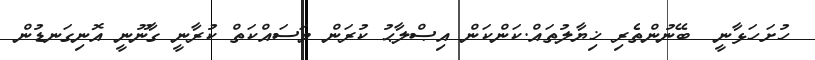
ހުށަހަޅާނީ  ބޭނުންތެރި ޚިޔާލުތައް.ކަންކަން އިޞްލާޙު ކުރަން މަސައްކަތް ކުރާނީ ގާނޫނީ އޮނިގަނޑުން